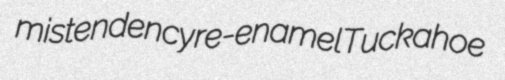
mistendency re-enamel Tuckahoe